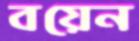
বয়েন